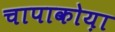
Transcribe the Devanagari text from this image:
चापाकोय़ा